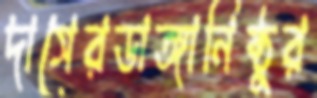
দাসেরডাঙ্গানিষ্ঠুর